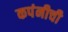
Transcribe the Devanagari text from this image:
कपंनीची